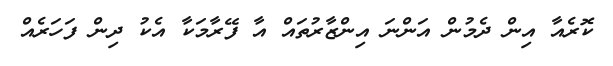
ކޮރެއާ އިން ދެމުން އަންނަ އިންޒާރުތައް އާ ފޭރާމަކާ އެކު ދިން ފަހަރެއް